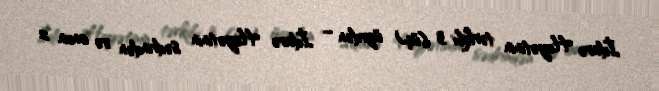
İdarə Heyətinin tərkibi 3 (üç) üzvdən – İdarə Heyətinin sədrindən və onun 2